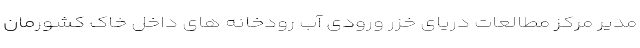
مدیر مرکز مطالعات دریای خزر ورودی آب رودخانه های داخل خاک کشورمان